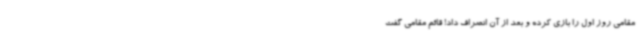
مقامی روز اول را بازی کرده و بعد از آن انصراف داد! قائم مقامی گفت